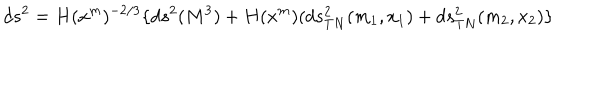
d s ^ { 2 } = H ( x ^ { m } ) ^ { - 2 / 3 } \lbrace d s ^ { 2 } ( M ^ { 3 } ) + H ( x ^ { m } ) ( d s _ { T N } ^ { 2 } ( m _ { 1 } , x _ { 1 } ) + d s _ { T N } ^ { 2 } ( m _ { 2 } , x _ { 2 } ) \rbrace